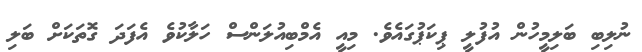
ނުލިބި ބަލިމީހުން އުފުލީ ޕިކަޕުގައެވެ. މިއީ އެމްބިއުލަންސް ހަލާކުވެ އެފަދަ ގޮތަކަށް ބަލި